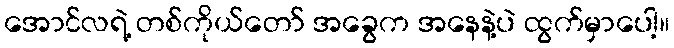
အောင်လရဲ့ တစ်ကိုယ်တော် အခွေက အနေနဲ့ပဲ ထွက်မှာပေါ့။